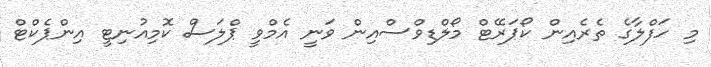
މި ހަފްލާގެ ތެރެއިން ކޯޕަރޭޓް މޯލްޑިވްސްއިން ވަނީ އެމްވީ ޕްލަސް ކޮމިއުނިޓީ އިންޕެކްޓް